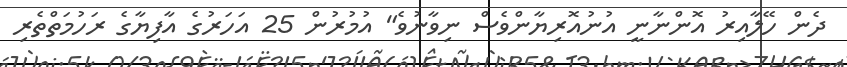
ދެން ހޭލާއިރު އޮންނާނީ އުނުއޮރިޔާންވެސް ނިވާނުވެ" އުމުރުން 25 އަހަރުގެ އާފިޔާގެ ރަހުމަތްތެރި